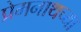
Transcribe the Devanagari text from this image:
प्रेमनाथच्या